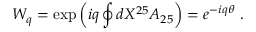
W _ { q } = \exp \left( i q \oint d X ^ { 2 5 } A _ { 2 5 } \right) = e ^ { - i q \theta } \ . \nonumber